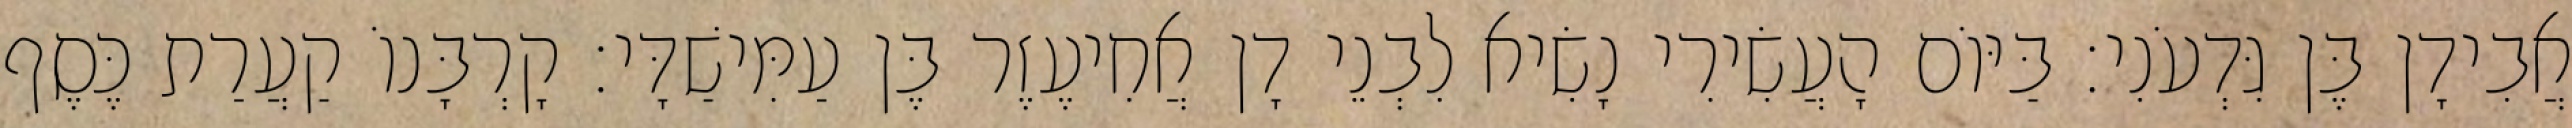
אֲבִידָן בֶּן גִּדְעֹנִי׃ בַּיּוֹם הָעֲשִׂירִי נָשִׂיא לִבְנֵי דָן אֲחִיעֶזֶר בֶּן עַמִּישַׁדָּי׃ קָרְבָּנוֹ קַעֲרַת כֶּסֶף